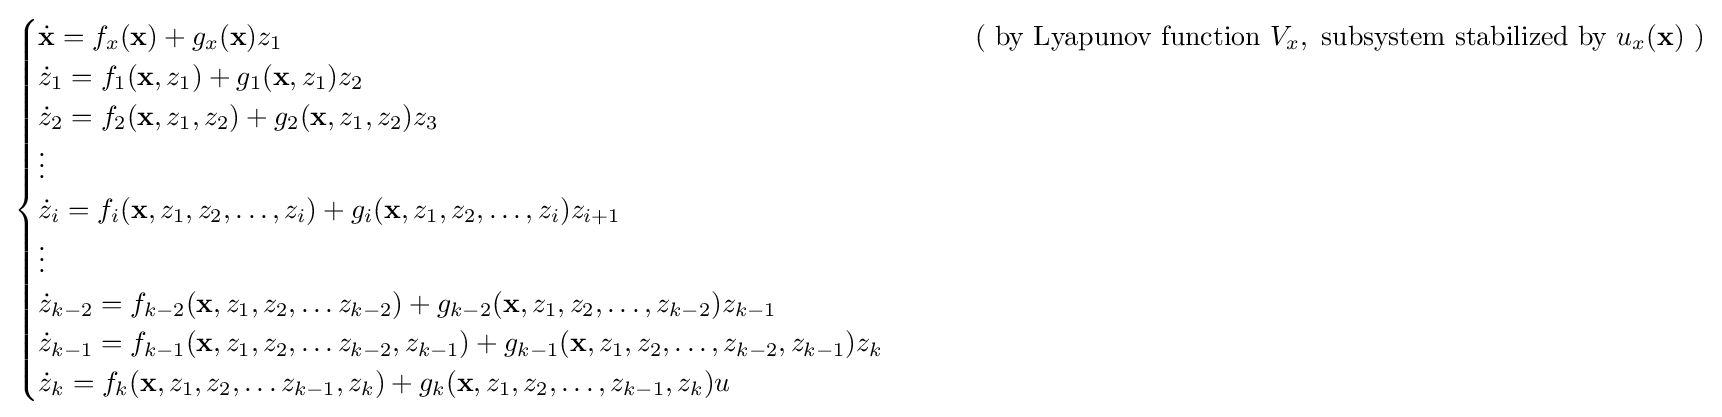
{\begin{cases}{\dot {\mathbf {x} }}=f_{x}(\mathbf {x} )+g_{x}(\mathbf {x} )z_{1}&\qquad {\text{ ( by Lyapunov function }}V_{x},{\text{ subsystem stabilized by }}u_{x}({\textbf {x}}){\text{ )}}\\{\dot {z}}_{1}=f_{1}(\mathbf {x} ,z_{1})+g_{1}(\mathbf {x} ,z_{1})z_{2}\\{\dot {z}}_{2}=f_{2}(\mathbf {x} ,z_{1},z_{2})+g_{2}(\mathbf {x} ,z_{1},z_{2})z_{3}\\\vdots \\{\dot {z}}_{i}=f_{i}(\mathbf {x} ,z_{1},z_{2},\ldots ,z_{i})+g_{i}(\mathbf {x} ,z_{1},z_{2},\ldots ,z_{i})z_{i+1}\\\vdots \\{\dot {z}}_{k-2}=f_{k-2}(\mathbf {x} ,z_{1},z_{2},\ldots z_{k-2})+g_{k-2}(\mathbf {x} ,z_{1},z_{2},\ldots ,z_{k-2})z_{k-1}\\{\dot {z}}_{k-1}=f_{k-1}(\mathbf {x} ,z_{1},z_{2},\ldots z_{k-2},z_{k-1})+g_{k-1}(\mathbf {x} ,z_{1},z_{2},\ldots ,z_{k-2},z_{k-1})z_{k}\\{\dot {z}}_{k}=f_{k}(\mathbf {x} ,z_{1},z_{2},\ldots z_{k-1},z_{k})+g_{k}(\mathbf {x} ,z_{1},z_{2},\ldots ,z_{k-1},z_{k})u\end{cases}}